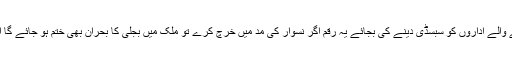
حکومت بجلی پیدا کرنے والے اداروں کو سبسڈی دینے کی بجائے یہ رقم اگر نسوار کی مد میں خرچ کرے تو ملک میں بجلی کا بحران بھی ختم ہو جائے گا اور عوام کی گرمی بھی۔